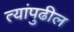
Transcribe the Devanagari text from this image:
त्यांपुढील